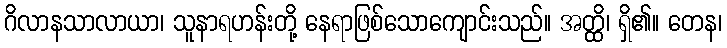
ဂိလာနသာလာယာ၊ သူနာရဟန်းတို့ နေရာဖြစ်သောကျောင်းသည်။ အတ္ထိ၊ ရှိ၏။ တေန၊